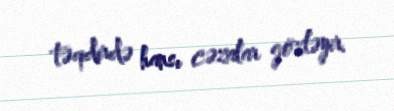
təqdirdə hansı cəzalar gözləyir.